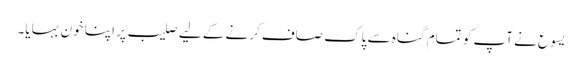
یسوع نے آپ کو تمام گناہ سے پاک صاف کرنے کے لیے صلیب پر اپنا خون بہایا۔